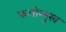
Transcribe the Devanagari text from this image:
फलोन्मुख